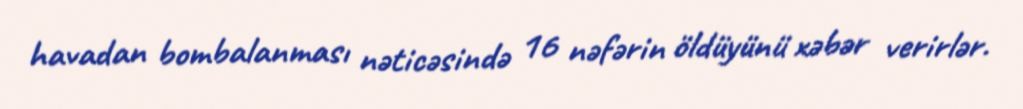
havadan bombalanması nəticəsində 16 nəfərin öldüyünü xəbər verirlər.